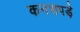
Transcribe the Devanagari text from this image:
कनचपडे़